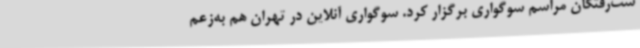
ست‌رفتگان مراسم سوگواری برگزار کرد. سوگواری آنلاین در تهران هم به‌زعم